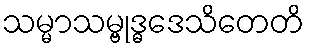
သမ္မာသမ္ဗုဒ္ဓဒေသိတေတိ